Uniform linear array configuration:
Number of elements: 16
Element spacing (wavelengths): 1
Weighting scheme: blackman
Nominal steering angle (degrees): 15
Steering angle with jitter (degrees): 13.027
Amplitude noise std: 0.05
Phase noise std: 0.05

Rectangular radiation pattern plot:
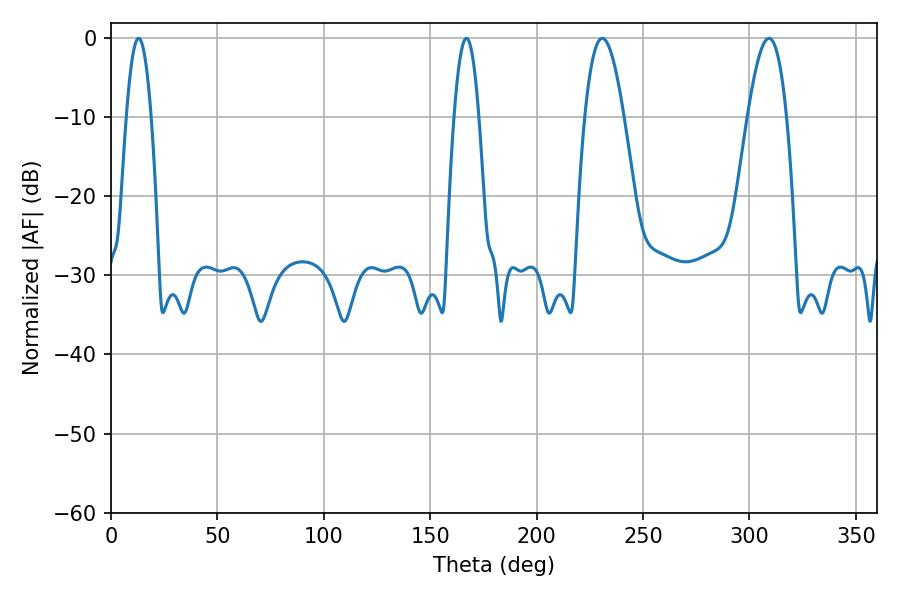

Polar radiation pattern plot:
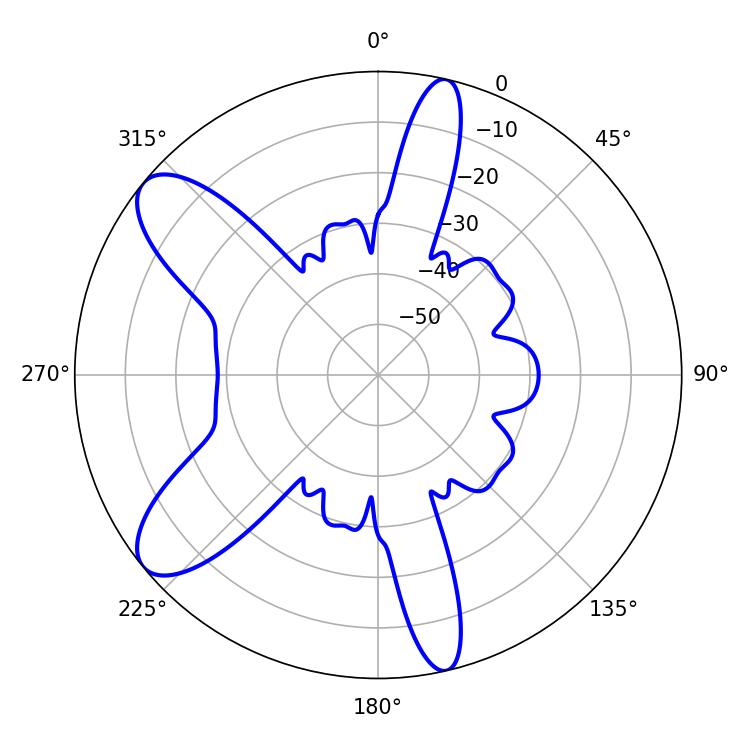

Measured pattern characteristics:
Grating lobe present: TRUE
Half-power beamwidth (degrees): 6.3
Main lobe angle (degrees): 167.04